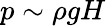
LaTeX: p\sim\rho gH